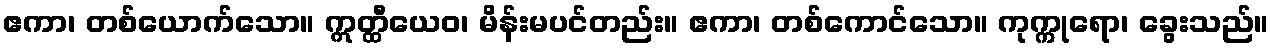
ဧကာ၊ တစ်ယောက်သော။ ဣတ္ထီယေဝ၊ မိန်းမပင်တည်း။ ဧကာ၊ တစ်ကောင်သော။ ကုက္ကုရော၊ ခွေးသည်။